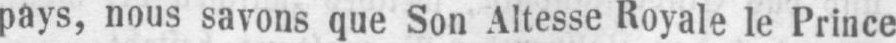
pays, nous savons que Son Altesse Royale le Prince